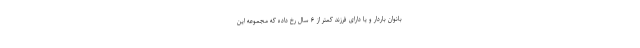
بانوان باردار و یا دارای فرزند کمتر از ۶ سال رخ داده که مجموعه این